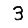
Digit: 3